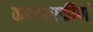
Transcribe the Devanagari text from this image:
कण्टकाकीर्ण